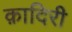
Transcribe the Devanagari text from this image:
क़ादिरी